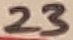
Text: 23